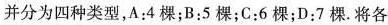
并分为四种类型，A：4棵；B：5棵；C：6棵；D；7棵.将各